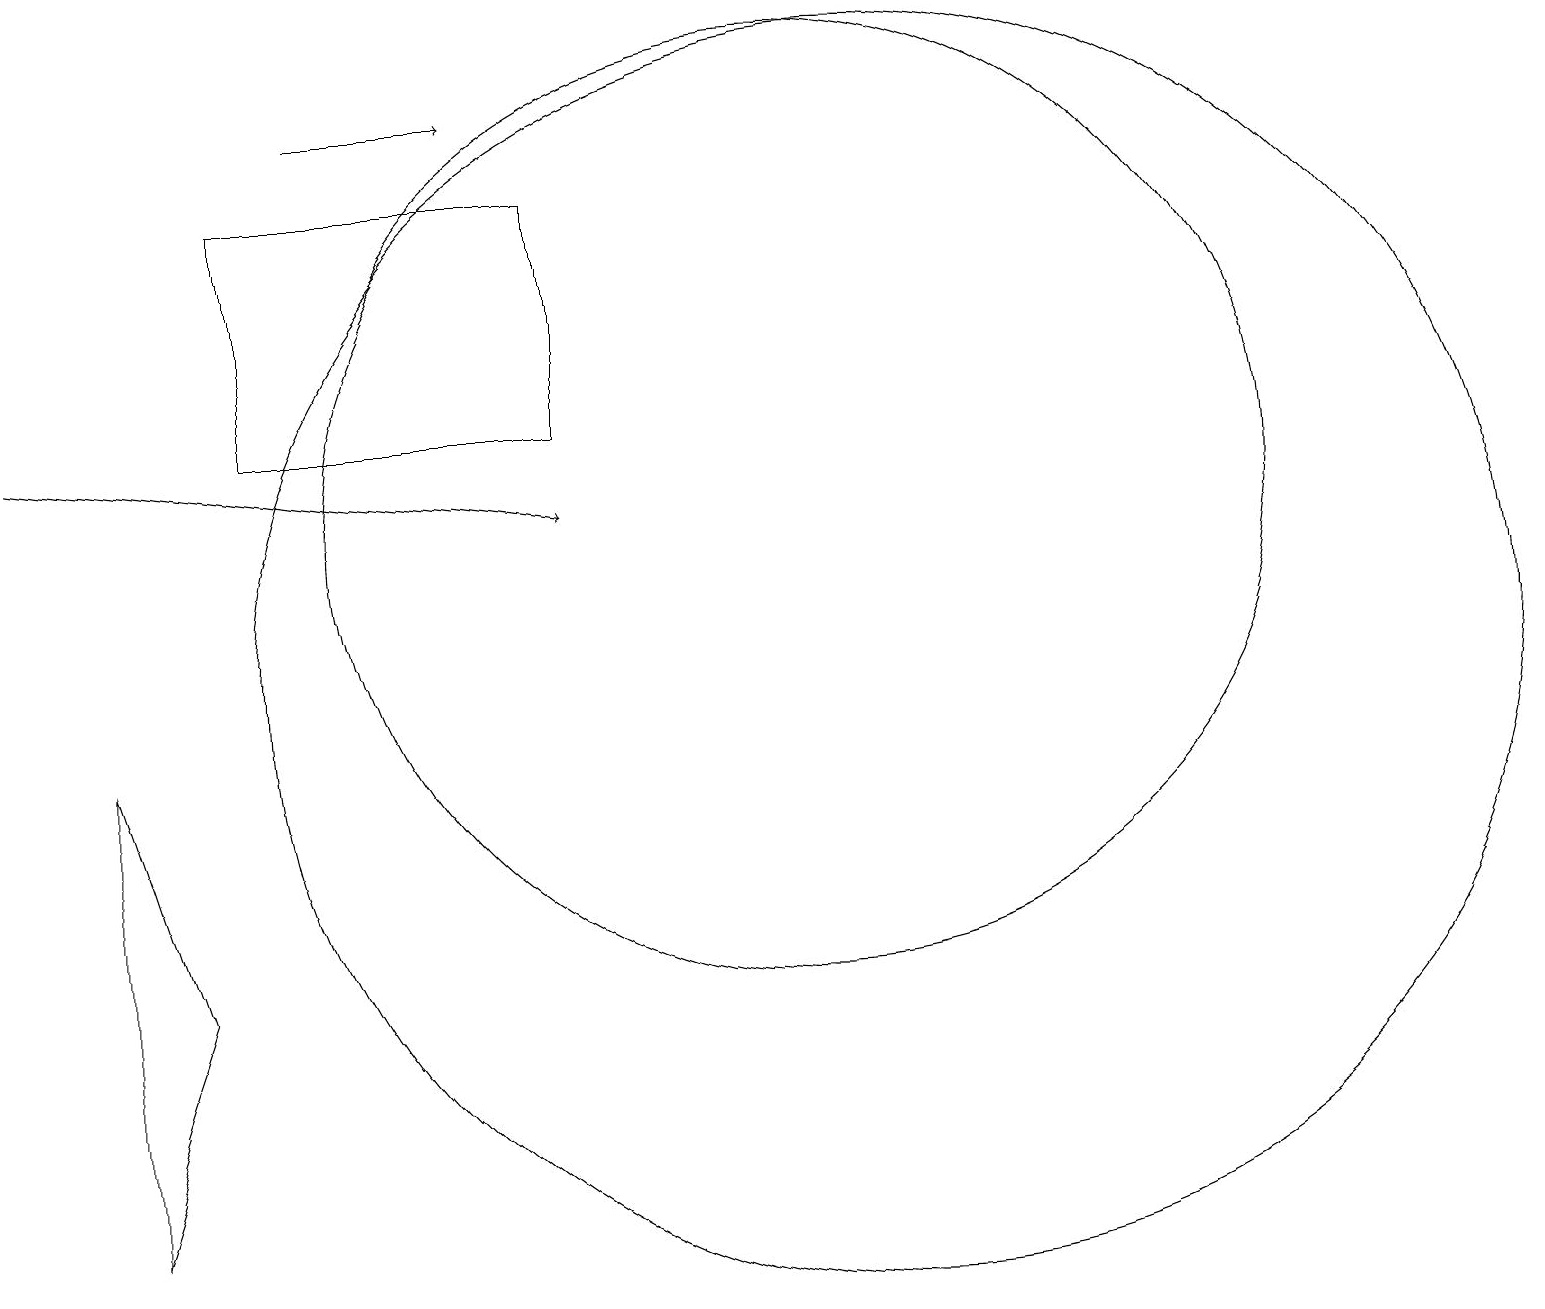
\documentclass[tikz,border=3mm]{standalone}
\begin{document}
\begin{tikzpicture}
\draw[->] (0,13) -- (7,12);
\draw[->] (4,17) -- (6,17);
\draw (11,10) circle (8);
\draw (1,3) -- (1,9) -- (2,6) -- cycle;
\draw (3,16) rectangle (7,13);
\draw (10,12) circle (6);
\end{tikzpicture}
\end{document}